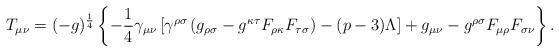
LaTeX: \begin{align*}T_{\mu \nu} = (-g)^{\frac{1}{4}} \left\{ -\frac{1}{4} \gamma_{\mu \nu} \left[\gamma^{\rho \sigma} \left( g_{\rho \sigma} -g^{\kappa \tau} F_{\rho \kappa}F_{\tau \sigma}\right) -(p-3) \Lambda \right] +g_{\mu \nu} -g^{\rho \sigma} F_{\mu \rho}F_{\sigma \nu} \right\} .\end{align*}